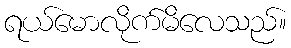
ရယ်မောလိုက်မိလေသည်။